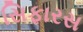
સિફારસ